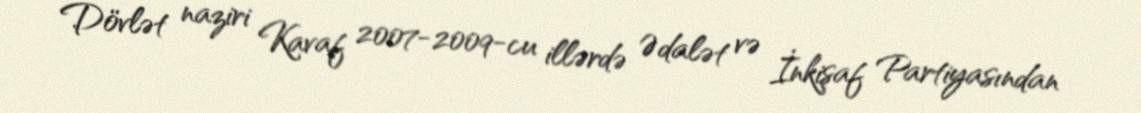
Dövlət naziri Kavaf 2007-2009-cu illərdə Ədalət və İnkişaf Partiyasından